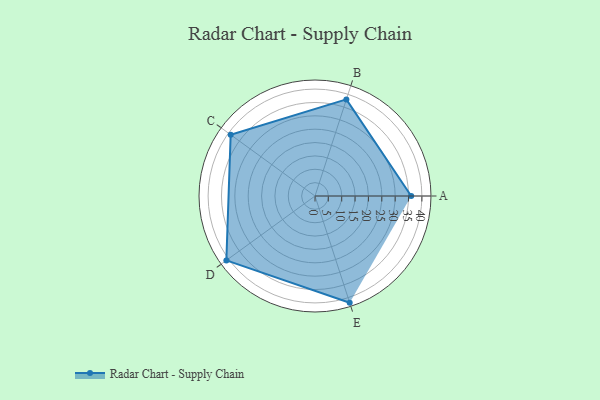
{"axis": {"x": "Skill", "y": "Score"}, "legend": ["Profile"], "data": [{"x": "A", "y": 36.0, "type": "Profile"}, {"x": "B", "y": 38.0, "type": "Profile"}, {"x": "C", "y": 39.0, "type": "Profile"}, {"x": "D", "y": 41.0, "type": "Profile"}, {"x": "E", "y": 42.0, "type": "Profile"}]}